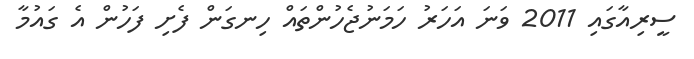
ސީރިއާގައި 2011 ވަނަ އަހަރު ހަމަނުޖެހުންތައް ހިނގަން ފެށި ފަހުން އެ ގައުމާ